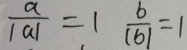
\frac { a } { \vert a \vert } = 1 \frac { b } { \vert b \vert } = 1